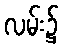
လမ်း၌